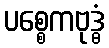
ပစ္စေကဗုဒ္ဓံ